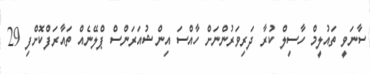
ސާނަވީ ތައުލީމް ހާސިލް ކުރާ ދަރިވަރުންނަށް ހާއްސަ އިންޝުއަރަންސް ޕްލޭނެއް ތައާރަފްކޮށްފި 29